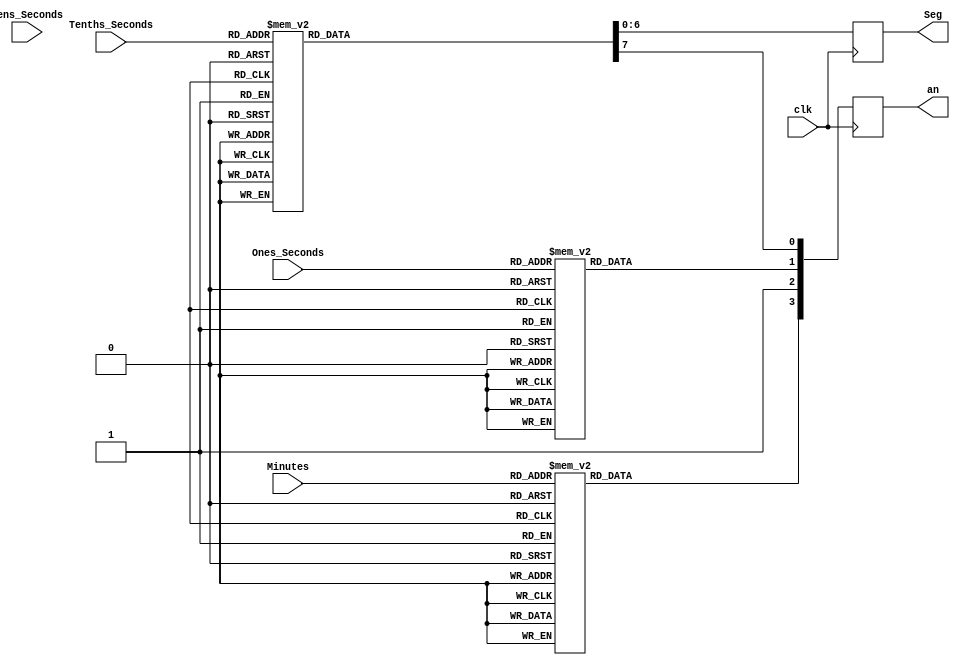
// This program was cloned from: https://github.com/tlimato/ee2390_final
// License: MIT License

// sevensegBCDdecoder.v for EE 2390 Lab #10

module sevensegBCDdecoder(Minutes, Tens_Seconds, Ones_Seconds, Tenths_Seconds, clk, Seg, an);
    output reg [0:6] Seg;
	output reg [3:0] an = 4'b0000;
    input  [3:0] Minutes, Tens_Seconds, Ones_Seconds, Tenths_Seconds;
	input clk;
    always @(posedge clk) // Do this whenever HexVal changes
    begin
    case(Minutes)
            4'b0000:  begin Seg<= 7'b000_0001; an[3] <= 1; end   // forms the character for 0
            4'b0001:  begin Seg<= 7'b100_1111; an[3] <= 1; end 
			4'b0010:  begin Seg<= 7'b001_0010; an[3] <= 1; end 
			4'b0011:  begin Seg<= 7'b000_0110; an[3] <= 1; end 
			4'b0100:  begin Seg<= 7'b100_1100; an[3] <= 1; end 
			4'b0101:  begin Seg<= 7'b010_0100; an[3] <= 1; end  // forms 5
			4'b0110:  begin Seg<= 7'b000_1000; an[3] <= 1; end  // forms 4
			4'b0111:  begin Seg<= 7'b000_0110; an[3] <= 1; end  // forms 3
			4'b1000:  begin Seg<= 7'b001_0010; an[3] <= 1; end  // forms 2
			4'b1001:  begin Seg<= 7'b100_1111; an[3] <= 1; end  // forms 1
            default:  begin Seg<= 7'b111_1111; an[3] <= 1; end  //  specify a default (all off)
    endcase
	
	case(Tens_Seconds)
			4'b0000:  begin Seg<= 7'b000_0001; an[2] <= 1; end   // forms the character for 0
			4'b0101:  begin Seg<= 7'b010_0100; an[2] <= 1; end  // forms 5
			4'b0110:  begin Seg<= 7'b000_1000; an[2] <= 1; end  // forms 4
			4'b0111:  begin Seg<= 7'b000_0110; an[2] <= 1; end  // forms 3
			4'b1000:  begin Seg<= 7'b001_0010; an[2] <= 1; end  // forms 2
			4'b1001:  begin Seg<= 7'b100_1111; an[2] <= 1; end  // forms 1
            default:  begin Seg<= 7'b111_1111; an[2] <= 1; end  //  specify a default (all off)
	endcase
	
	case(Ones_Seconds)
			4'b0000:  begin Seg<= 7'b000_0001; an[1] <= 1; end   // forms the character for 0
            4'b0001:  begin Seg<= 7'b100_1111; an[1] <= 1; end  
			4'b0010:  begin Seg<= 7'b001_0010; an[1] <= 1; end 
			4'b0011:  begin Seg<= 7'b000_0110; an[1] <= 1; end 
			4'b0100:  begin Seg<= 7'b100_1100; an[1] <= 1; end 
			4'b0101:  begin Seg<= 7'b010_0100; an[1] <= 1; end  // forms 5
			4'b0110:  begin Seg<= 7'b000_1000; an[1] <= 1; end  // forms 4
			4'b0111:  begin Seg<= 7'b000_0110; an[1] <= 1; end  // forms 3
			4'b1000:  begin Seg<= 7'b001_0010; an[1] <= 1; end  // forms 2
			4'b1001:  begin Seg<= 7'b100_1111; an[1] <= 1; end  // forms 1
            default:  begin Seg<= 7'b111_1111; an[1] <= 1; end  //  specify a default (all off)
	endcase
	
	case(Tenths_Seconds)
			4'b0000:  begin Seg<= 7'b000_0001; an[0] <= 1; end   // forms the character for 0
            4'b0001:  begin Seg<= 7'b100_1111; an[0] <= 1; end  
			4'b0010:  begin Seg<= 7'b001_0010; an[0] <= 1; end 
			4'b0011:  begin Seg<= 7'b000_0110; an[0] <= 1; end 
			4'b0100:  begin Seg<= 7'b100_1100; an[0] <= 1; end 
			4'b0101:  begin Seg<= 7'b010_0100; an[0] <= 1; end  // forms 5
			4'b0110:  begin Seg<= 7'b000_1000; an[0] <= 1; end  // forms 4
			4'b0111:  begin Seg<= 7'b000_0110; an[0] <= 1; end  // forms 3
			4'b1000:  begin Seg<= 7'b001_0010; an[0] <= 1; end  // forms 2
			4'b1001:  begin Seg<= 7'b100_1111; an[0] <= 1; end  // forms 1
            default:  begin Seg<= 7'b111_1111; an[0] <= 1; end  //  specify a default (all off)
	endcase
	
    end
endmodule